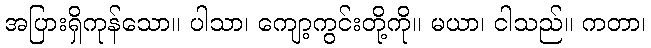
အပြားရှိကုန်သော။ ပါသာ၊ ကျော့ကွင်းတို့ကို။ မယာ၊ ငါသည်။ ကတာ၊